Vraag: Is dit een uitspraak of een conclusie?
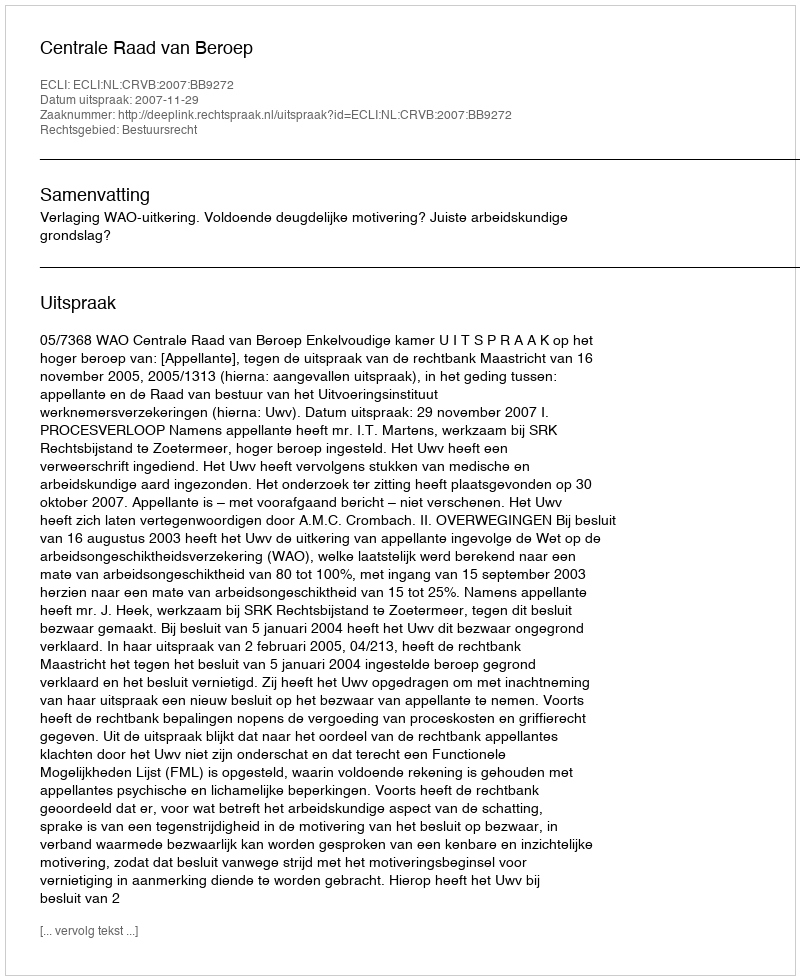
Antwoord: Uitspraak